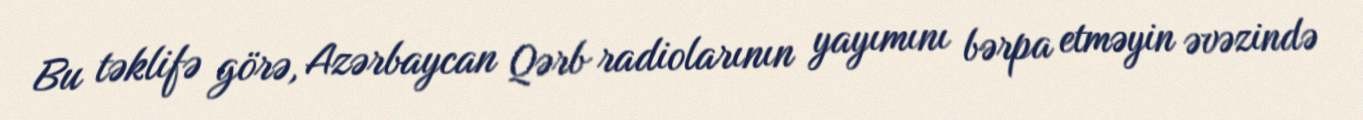
Bu təklifə görə, Azərbaycan Qərb radiolarının yayımını bərpa etməyin əvəzində